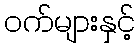
ဝက်များနှင့်